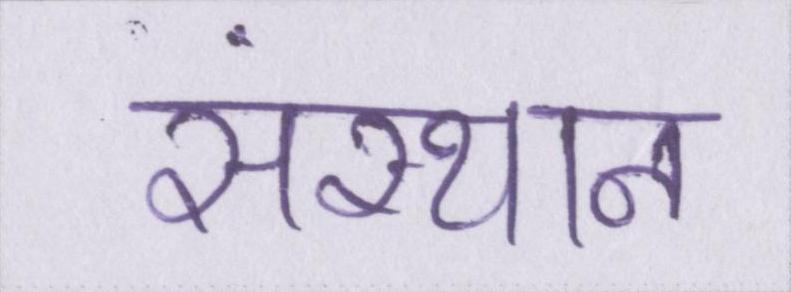
संस्थान